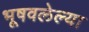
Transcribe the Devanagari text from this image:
भूषवलेल्या